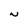
Character: N